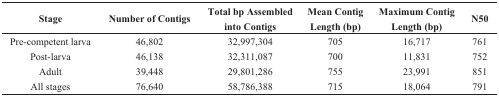
| Stage | Number of Contigs | Total bp Assembled into Contigs | Mean Contig Length (bp) | Maximum Contig Length (bp) | N50 |
 | --- | --- | --- | --- | --- | --- |
 | Pre-competent larva | 46,802 | 32,997,304 | 705 | 16,717 | 761 |
 | Post-larva | 46,138 | 32,311,087 | 700 | 11,831 | 752 |
 | Adult | 39,448 | 29,801,286 | 755 | 23,991 | 851 |
 | All stages | 76,640 | 58,786,388 | 715 | 18,064 | 791 |